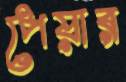
পেয়ার